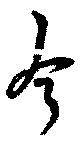
今